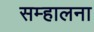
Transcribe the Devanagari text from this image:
सम्हालना